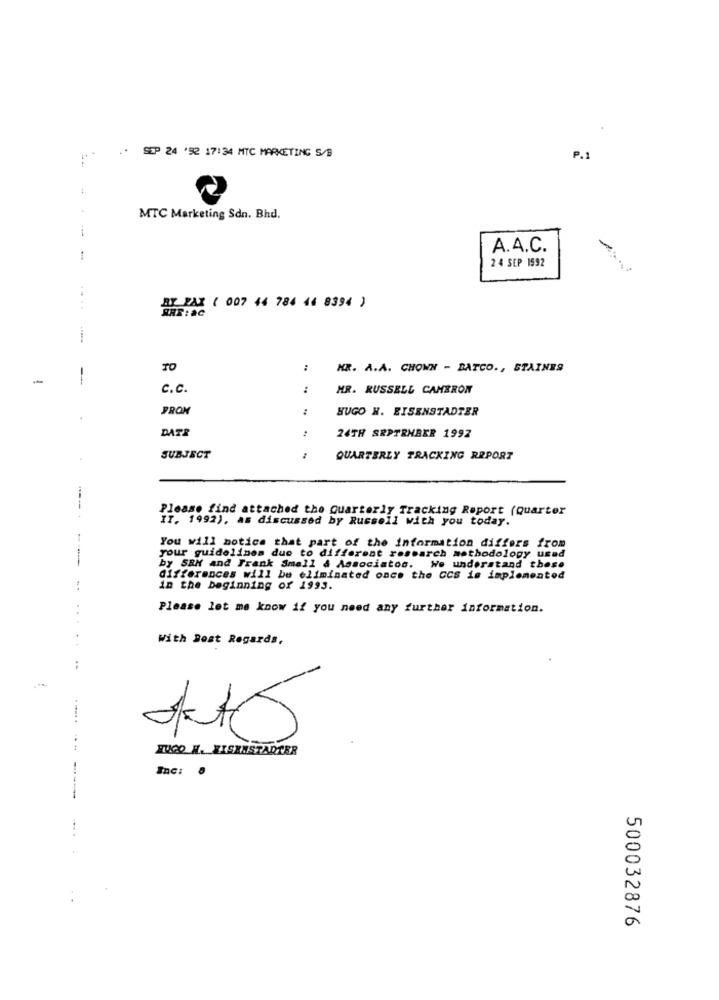
..
SEP 24 '92 17:34 MTC MARKETING S/B
P.1
MTC Marketing Sdn. Bhd.
...
A.A.C.
-
-
2 4 SEP 1992
BT PAI ( 007 44 784 44 8394 )
SHR: ac
TO
:
HR. A.A. CHOWN - BATCO ., STAINES
-
C.C.
:
MR. RUSSELL CAMERON
PRON
:
HUGO H. EISENSTADTER
DATE
24TH SRPTRHBER 1992
SUBJECT
QUARTERLY TRACKING REPORT
----
Please find attached the Quarterly Tracking Report (Quarter
II. 1992), as discussed by Russell with you today.
-
You will notice that part of the information differs from
--
your guidelines due to different research methodology used
by SBM and Frank Small & Associatos. We understand these
differences will be eliminated once the CCS is implemented
in the beginning of 1993.
Please let me know if you need any further information.
With Best Regards,
HUGO H. EISENSTADTER
Inc:
.
500032876